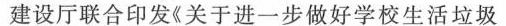
建设厅联合印发《关于进一步做好学校生活垃圾